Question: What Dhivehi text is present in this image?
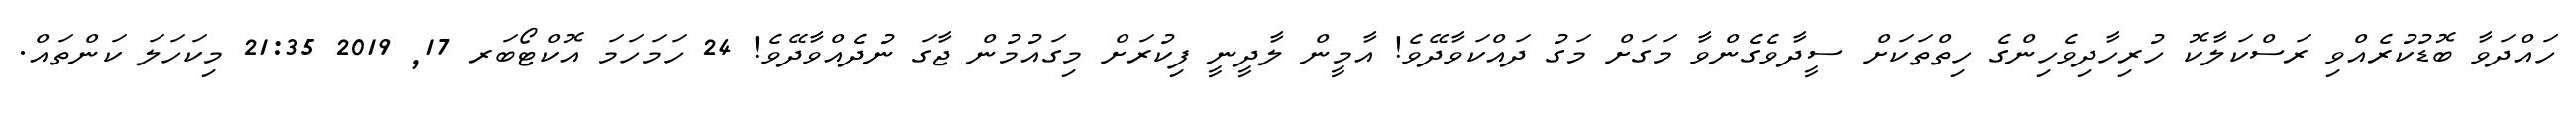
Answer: ހައްދަވާ ބޮޑުކުރެއްވި ރަސްކަލާކޮ ހުރިހާދިވެހިންގެ ހިތްތަކަށް ސީދާވެގެންވާ މަގަށް މަގު ދައްކަވާދޭވެ! އާމީން ލާދީނީ ފިކުރަށް މިގައުމުން ޖާގަ ނުދެއްވާދޭވެ! 24 ހަމަހަމަ އޮކްޓޯބަރ 17, 2019 21:35 މިކަހަލަ ކަންތައް.